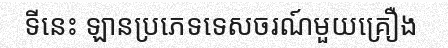
ទីនេះ ឡានប្រភេទទេសចរណ៍មួយគ្រឿង